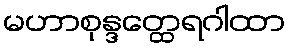
မဟာစုန္ဒတ္ထေရဂါထာ